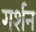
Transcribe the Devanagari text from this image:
गर्शन